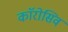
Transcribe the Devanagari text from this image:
काॅरोसिव